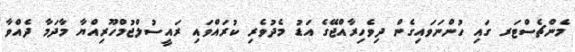
މެންޗެސްޓަރ ގައި ހުންނަވައިގެން ދިވެހިރާއްޖޭގެ އަޑު މެދުވެރި ކުރައްވައި ރައީސުލްޖުމްހޫރިއްޔާ މާދަމާ ދެއްވާ